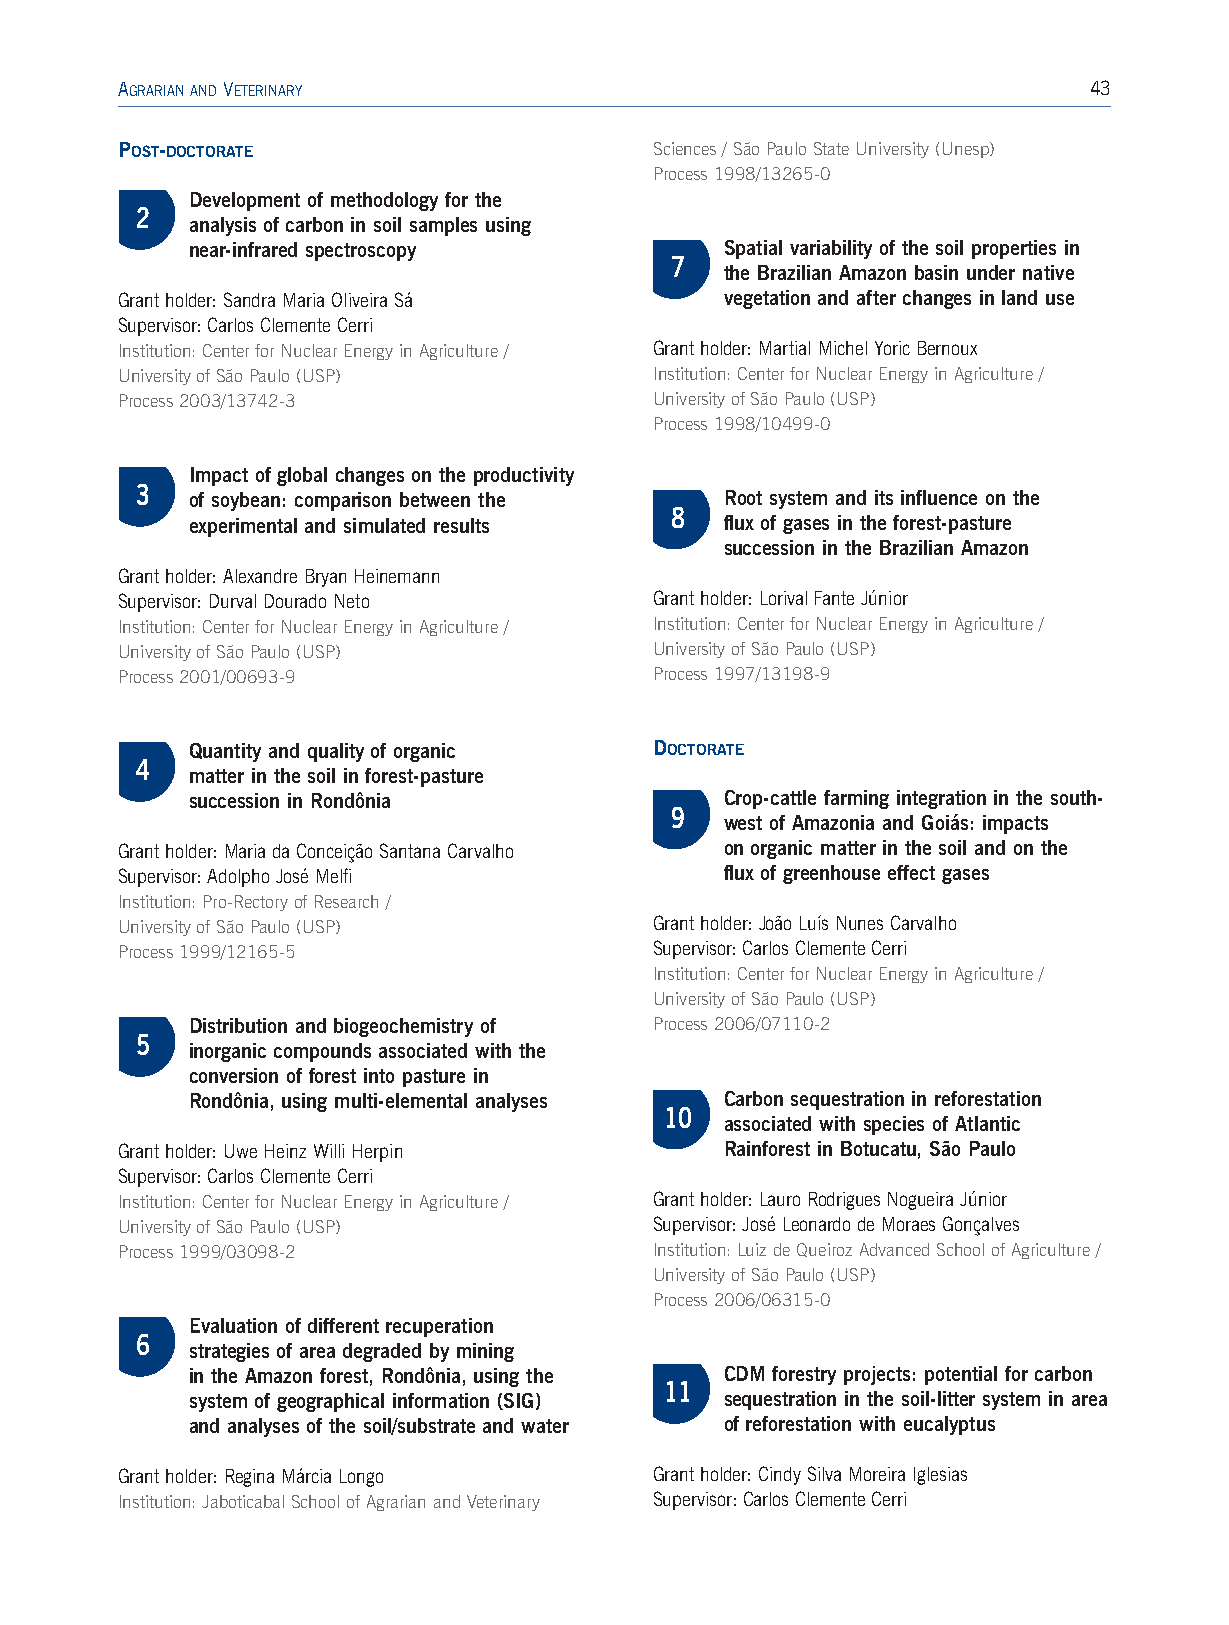
AGRARIANANDVETERINARY                                           43
 POST-DOCTORATE                     Sciences / São Paulo State University (Unesp)
 Process 1998/13265-0
 Development of methodology for the
 2
 analysis of carbon in soil samples using
 near-infrared spectroscopy         Spatial variability of the soil properties in
 7
 the Brazilian Amazon basin under native
 Grant holder: Sandra Maria Oliveira Sá  vegetation and after changes in land use
 Supervisor: Carlos Clemente Cerri
 Institution: Center for Nuclear Energy in Agriculture / Grant holder: Martial Michel Yoric Bernoux
 University of São Paulo (USP)      Institution: Center for Nuclear Energy in Agriculture /
 Process 2003/13742-3               University of São Paulo (USP)
 Process 1998/10499-0
 Impact of global changes on the productivity
 3
 of soybean: comparison between the Root system and its influence on the
 8
 experimental and simulated results flux of gases in the forest-pasture
 succession in the Brazilian Amazon
 Grant holder: Alexandre Bryan Heinemann
 Supervisor: Durval Dourado Neto    Grant holder: Lorival Fante Júnior
 Institution:Center for Nuclear Energy in Agriculture / Institution: Center for Nuclear Energy in Agriculture /
 University of São Paulo (USP)      University of São Paulo (USP)
 Process 2001/00693-9               Process 1997/13198-9
 Quantity and quality of organic DOCTORATE
 4
 matter in the soil in forest-pasture
 succession in Rondônia             Crop-cattle farming integration in the south-
 9
 west of Amazonia and Goiás: impacts
 Grant holder:Maria da Conceição Santana Carvalho on organic matter in the soil and on the
 Supervisor: Adolpho José Melfi          flux of greenhouse effect gases
 Institution:Pro-Rectoryof Research /
 University of São Paulo (USP)      Grant holder:João Luís Nunes Carvalho
 Process 1999/12165-5               Supervisor: Carlos Clemente Cerri
 Institution: Center for Nuclear Energy in Agriculture /
 University of São Paulo (USP)
 Distribution and biogeochemistry of Process 2006/07110-2
 5
 inorganic compounds associated with the
 conversion of forest into pasture in
 Rondônia, using multi-elemental analyses Carbon sequestration in reforestation
 10
 associated with species of Atlantic
 Grant holder: Uwe Heinz Willi Herpin    Rainforest in Botucatu, São Paulo
 Supervisor: Carlos Clemente Cerri
 Institution: Center for Nuclear Energy in Agriculture / Grant holder:Lauro Rodrigues Nogueira Júnior
 University of São Paulo (USP)      Supervisor: José Leonardo de Moraes Gonçalves
 Process 1999/03098-2               Institution:Luiz de Queiroz Advanced School of Agriculture /
 University of São Paulo (USP)
 Process 2006/06315-0
 Evaluation of different recuperation
 6
 strategies of area degraded by mining
 in the Amazon forest, Rondônia, using the CDM forestry projects: potential for carbon
 11
 system of geographical information (SIG) sequestration in the soil-litter system in area
 and analyses of the soil/substrate and water of reforestation with eucalyptus
 Grant holder:Regina Márcia Longo   Grant holder: Cindy Silva Moreira Iglesias
 Institution: Jaboticabal School of Agrarian and Veterinary Supervisor:Carlos Clemente Cerri